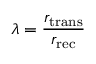
\lambda = \frac { r _ { \mathrm { t r a n s } } } { r _ { \mathrm { r e c } } }